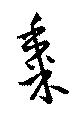
黍